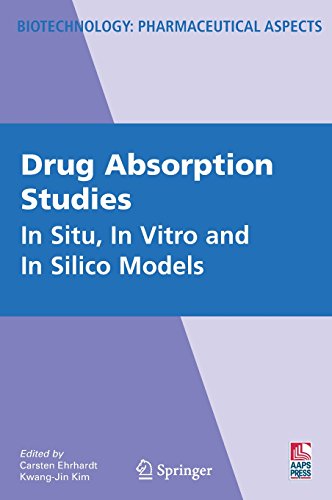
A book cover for Drug Absorption Studies: In Situ, In Vitro and In Silico Models (Biotechnology: Pharmaceutical Aspects); Medical Books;